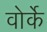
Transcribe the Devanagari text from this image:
वोर्के